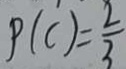
P ( C ) = \frac { 2 } { 3 }